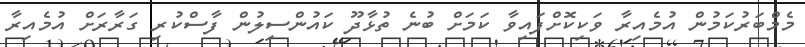
މެމްބަރުކަމުން އުމެއިރާ ވަކިކޮށްފައިވާ ކަމަށް ބުނެ ތުޅާދޫ ކައުންސިލުން ފާސްކުރި ގަރާރަށް އުމެއިރާ